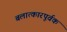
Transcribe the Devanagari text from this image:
बलात्कारपूर्वक